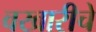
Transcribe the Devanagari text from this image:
वखारीचे